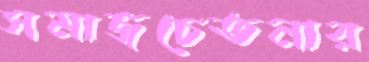
সমাজচেতনার